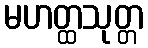
မဟတ္ထသုတ္တ